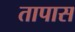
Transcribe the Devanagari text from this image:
तापास